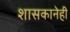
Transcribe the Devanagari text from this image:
शासकानेही